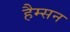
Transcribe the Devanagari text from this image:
हैम्सन